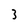
Character: 3